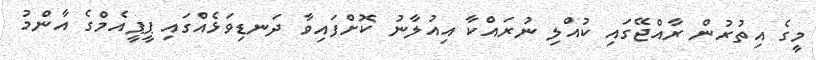
މީގެ އިތުރުން ރާއްޖޭގައި ކުއްލި ނުރައްކާ އިއުލާނު ކޮށްފައިވާ ދަނޑިވަޅެއްގައި ޕީޕީއެމްގެ އާންމު